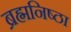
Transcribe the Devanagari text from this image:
ब्रह्मनिष्ठा